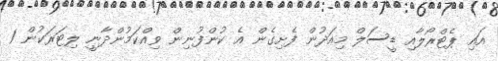
އައި ޕެޓްރޯލާއި ޑީސަލް މިއަދުން ފެށިގެން އެ ކުންފުނިން ވިއްކަމުންދާނީ ލިޓަރަކުން 1